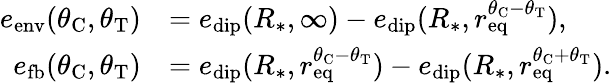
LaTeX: \begin{array}{rl}{e_{\mathrm{env}}(\theta_{\mathrm{C}},\theta_{\mathrm{T}})}&{=e_{\mathrm{dip}}(R_{*},\infty)-e_{\mathrm{dip}}(R_{*},r_{\mathrm{eq}}^{\theta_{\mathrm{C}}-\theta_{\mathrm{T}}}),}\\ {e_{\mathrm{fb}}(\theta_{\mathrm{C}},\theta_{\mathrm{T}})}&{=e_{\mathrm{dip}}(R_{*},r_{\mathrm{eq}}^{\theta_{\mathrm{C}}-\theta_{\mathrm{T}}})-e_{\mathrm{dip}}(R_{*},r_{\mathrm{eq}}^{\theta_{\mathrm{C}}+\theta_{\mathrm{T}}}).}\end{array}